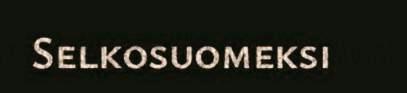
Selkosuomeksi